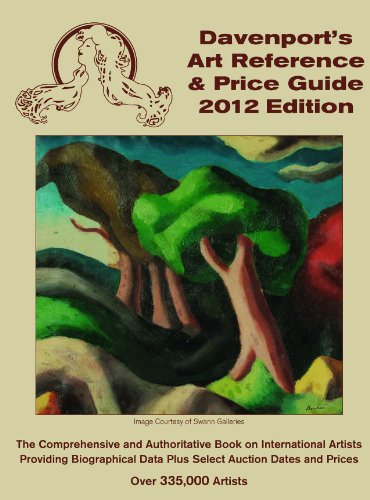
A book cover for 2012 Davenport's Art Reference & Price Guide (Davenport's Art Reference and Price Guide); Alison Becker; Crafts, Hobbies & Home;